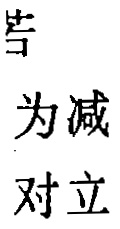
告
为减
对立